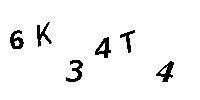
6K34T4